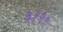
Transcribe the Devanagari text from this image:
३१९९